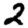
Digit: 2